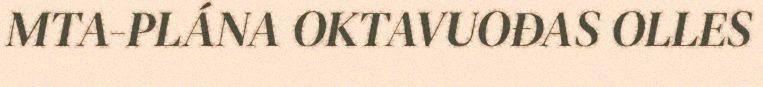
MTA-PLÁNA OKTAVUOĐAS OLLES